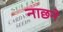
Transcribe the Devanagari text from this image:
नाछने